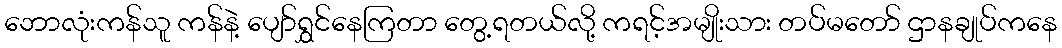
ဘောလုံးကန်သူ ကန်နဲ့ ပျော်ရွှင်နေကြတာ တွေ့ရတယ်လို့ ကရင့်အမျိုးသား တပ်မတော် ဌာနချုပ်ကနေ